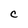
Character: C